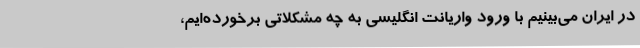
در ایران می‌بینیم با ورود واریانت انگلیسی به چه مشکلاتی برخورده‌ایم،